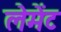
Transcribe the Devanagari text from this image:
लेमेंट